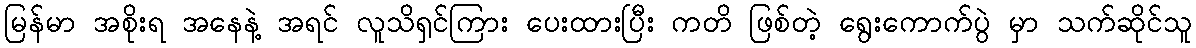
မြန်မာ အစိုးရ အနေနဲ့ အရင် လူသိရှင်ကြား ပေးထားပြီး ကတိ ဖြစ်တဲ့ ရွေးကောက်ပွဲ မှာ သက်ဆိုင်သူ